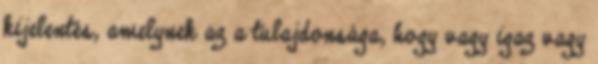
kijelentés, amelynek az a tulajdonsága, hogy vagy igaz vagy